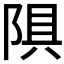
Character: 𫕄